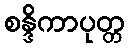
စန္ဒိကာပုတ္တ